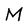
Character: M